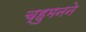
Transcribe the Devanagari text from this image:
च्हुमनने